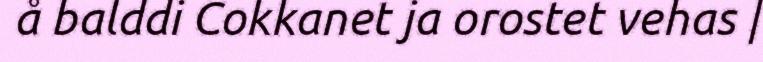
å balddi Cokkanet ja orostet vehas |